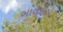
બાળકીએ